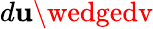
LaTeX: d\mathbf{u}\wedgedv